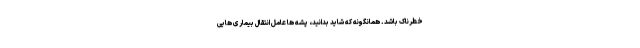
خطرناک باشد. همانگونه که شاید بدانید، پشه ها عامل انتقال بیماری هایی